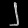
Digit: ၂